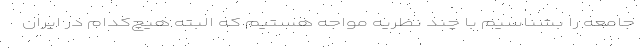
جامعه را بشناسیم با چند نظریه مواجه هستیم که البته هیچ‌کدام در ایران